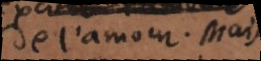
de l’amour. Mais